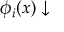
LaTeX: \phi _ { i } ( x ) \downarrow